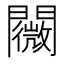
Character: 𨷋